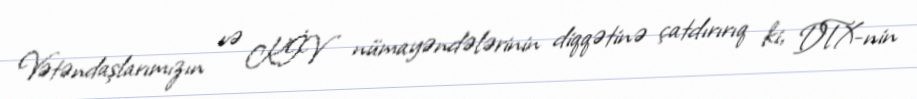
Vətəndaşlarımızın və KİV nümayəndələrinin diqqətinə çatdırırıq ki, DTX-nin